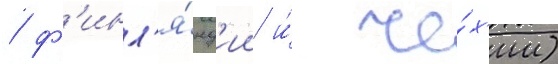
/ ф'инл'я́нд'ии и́ че́х'ии)